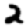
Digit: 2